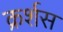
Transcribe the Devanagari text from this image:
क्रर्शस